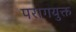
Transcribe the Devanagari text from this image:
परागयुक्त